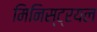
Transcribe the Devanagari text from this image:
मिनिस्ट्रयल